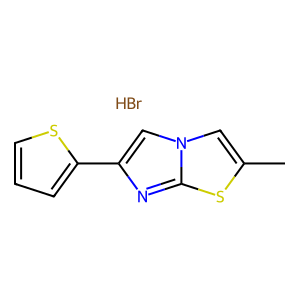
SMILES: Br.Cc1cn2cc(-c3cccs3)nc2s1
Inhibits HIV replication: No